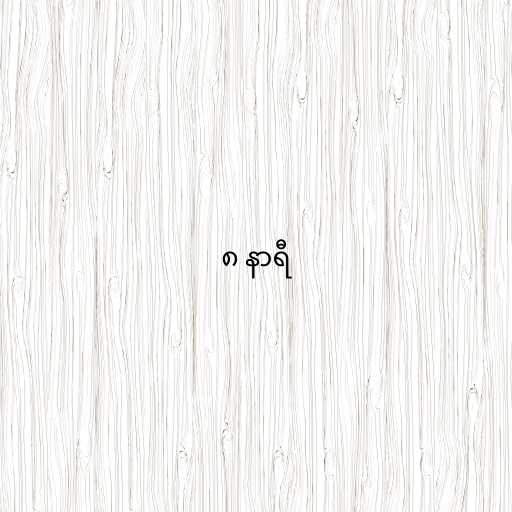
၈ နာရီ